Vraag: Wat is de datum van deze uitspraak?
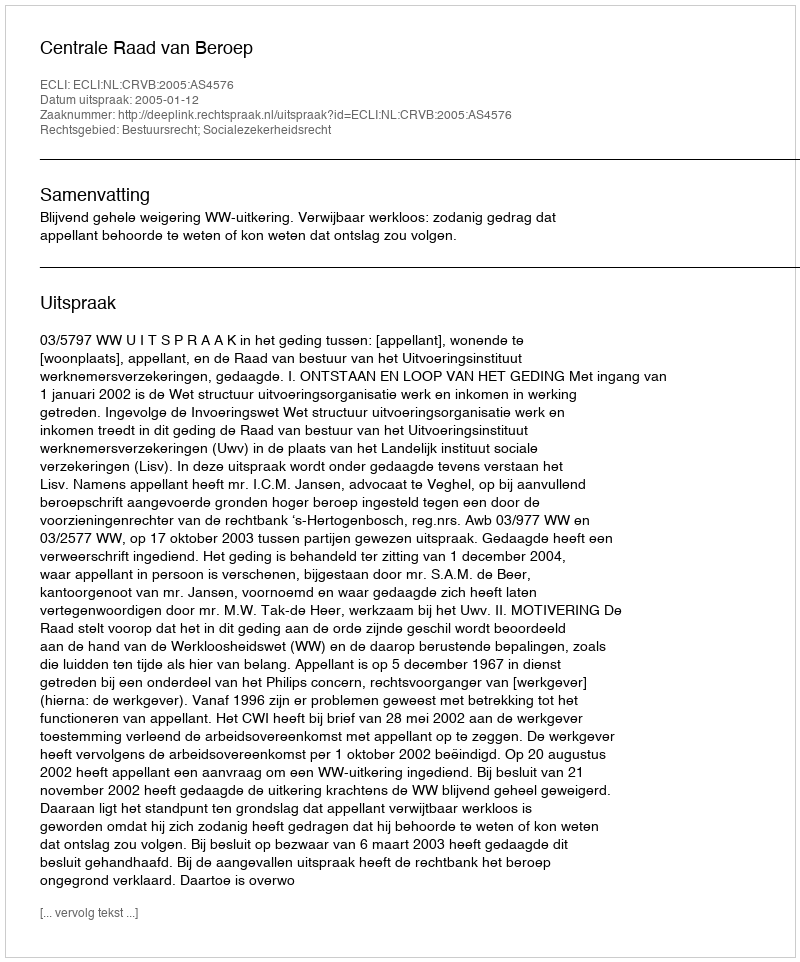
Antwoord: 2005-01-12